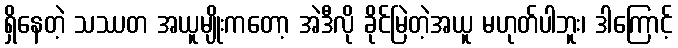
ရှိနေတဲ့ သဿတ အယူမျိုးကတော့ အဲဒီလို ခိုင်မြဲတဲ့အယူ မဟုတ်ပါဘူး၊ ဒါကြောင့်